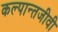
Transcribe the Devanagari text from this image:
कल्पान्तजीवी